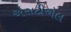
એસટીએલ